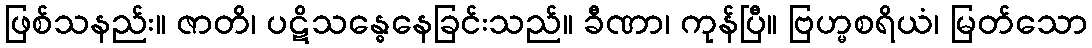
ဖြစ်သနည်း။ ဇာတိ၊ ပဋိသန္ဓေနေခြင်းသည်။ ခီဏာ၊ ကုန်ပြီ။ ဗြဟ္မစရိယံ၊ မြတ်သော